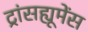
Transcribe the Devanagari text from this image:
ट्रांसह्यूमेंस